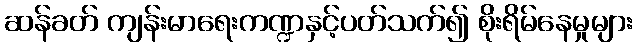
ဆန်ခတ် ကျန်းမာရေးကဏ္ဍနှင့်ပတ်သက်၍ စိုးရိမ်နေမှုများ